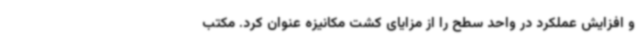
و افزایش عملکرد در واحد سطح را از مزایای کشت مکانیزه عنوان کرد. مکتب